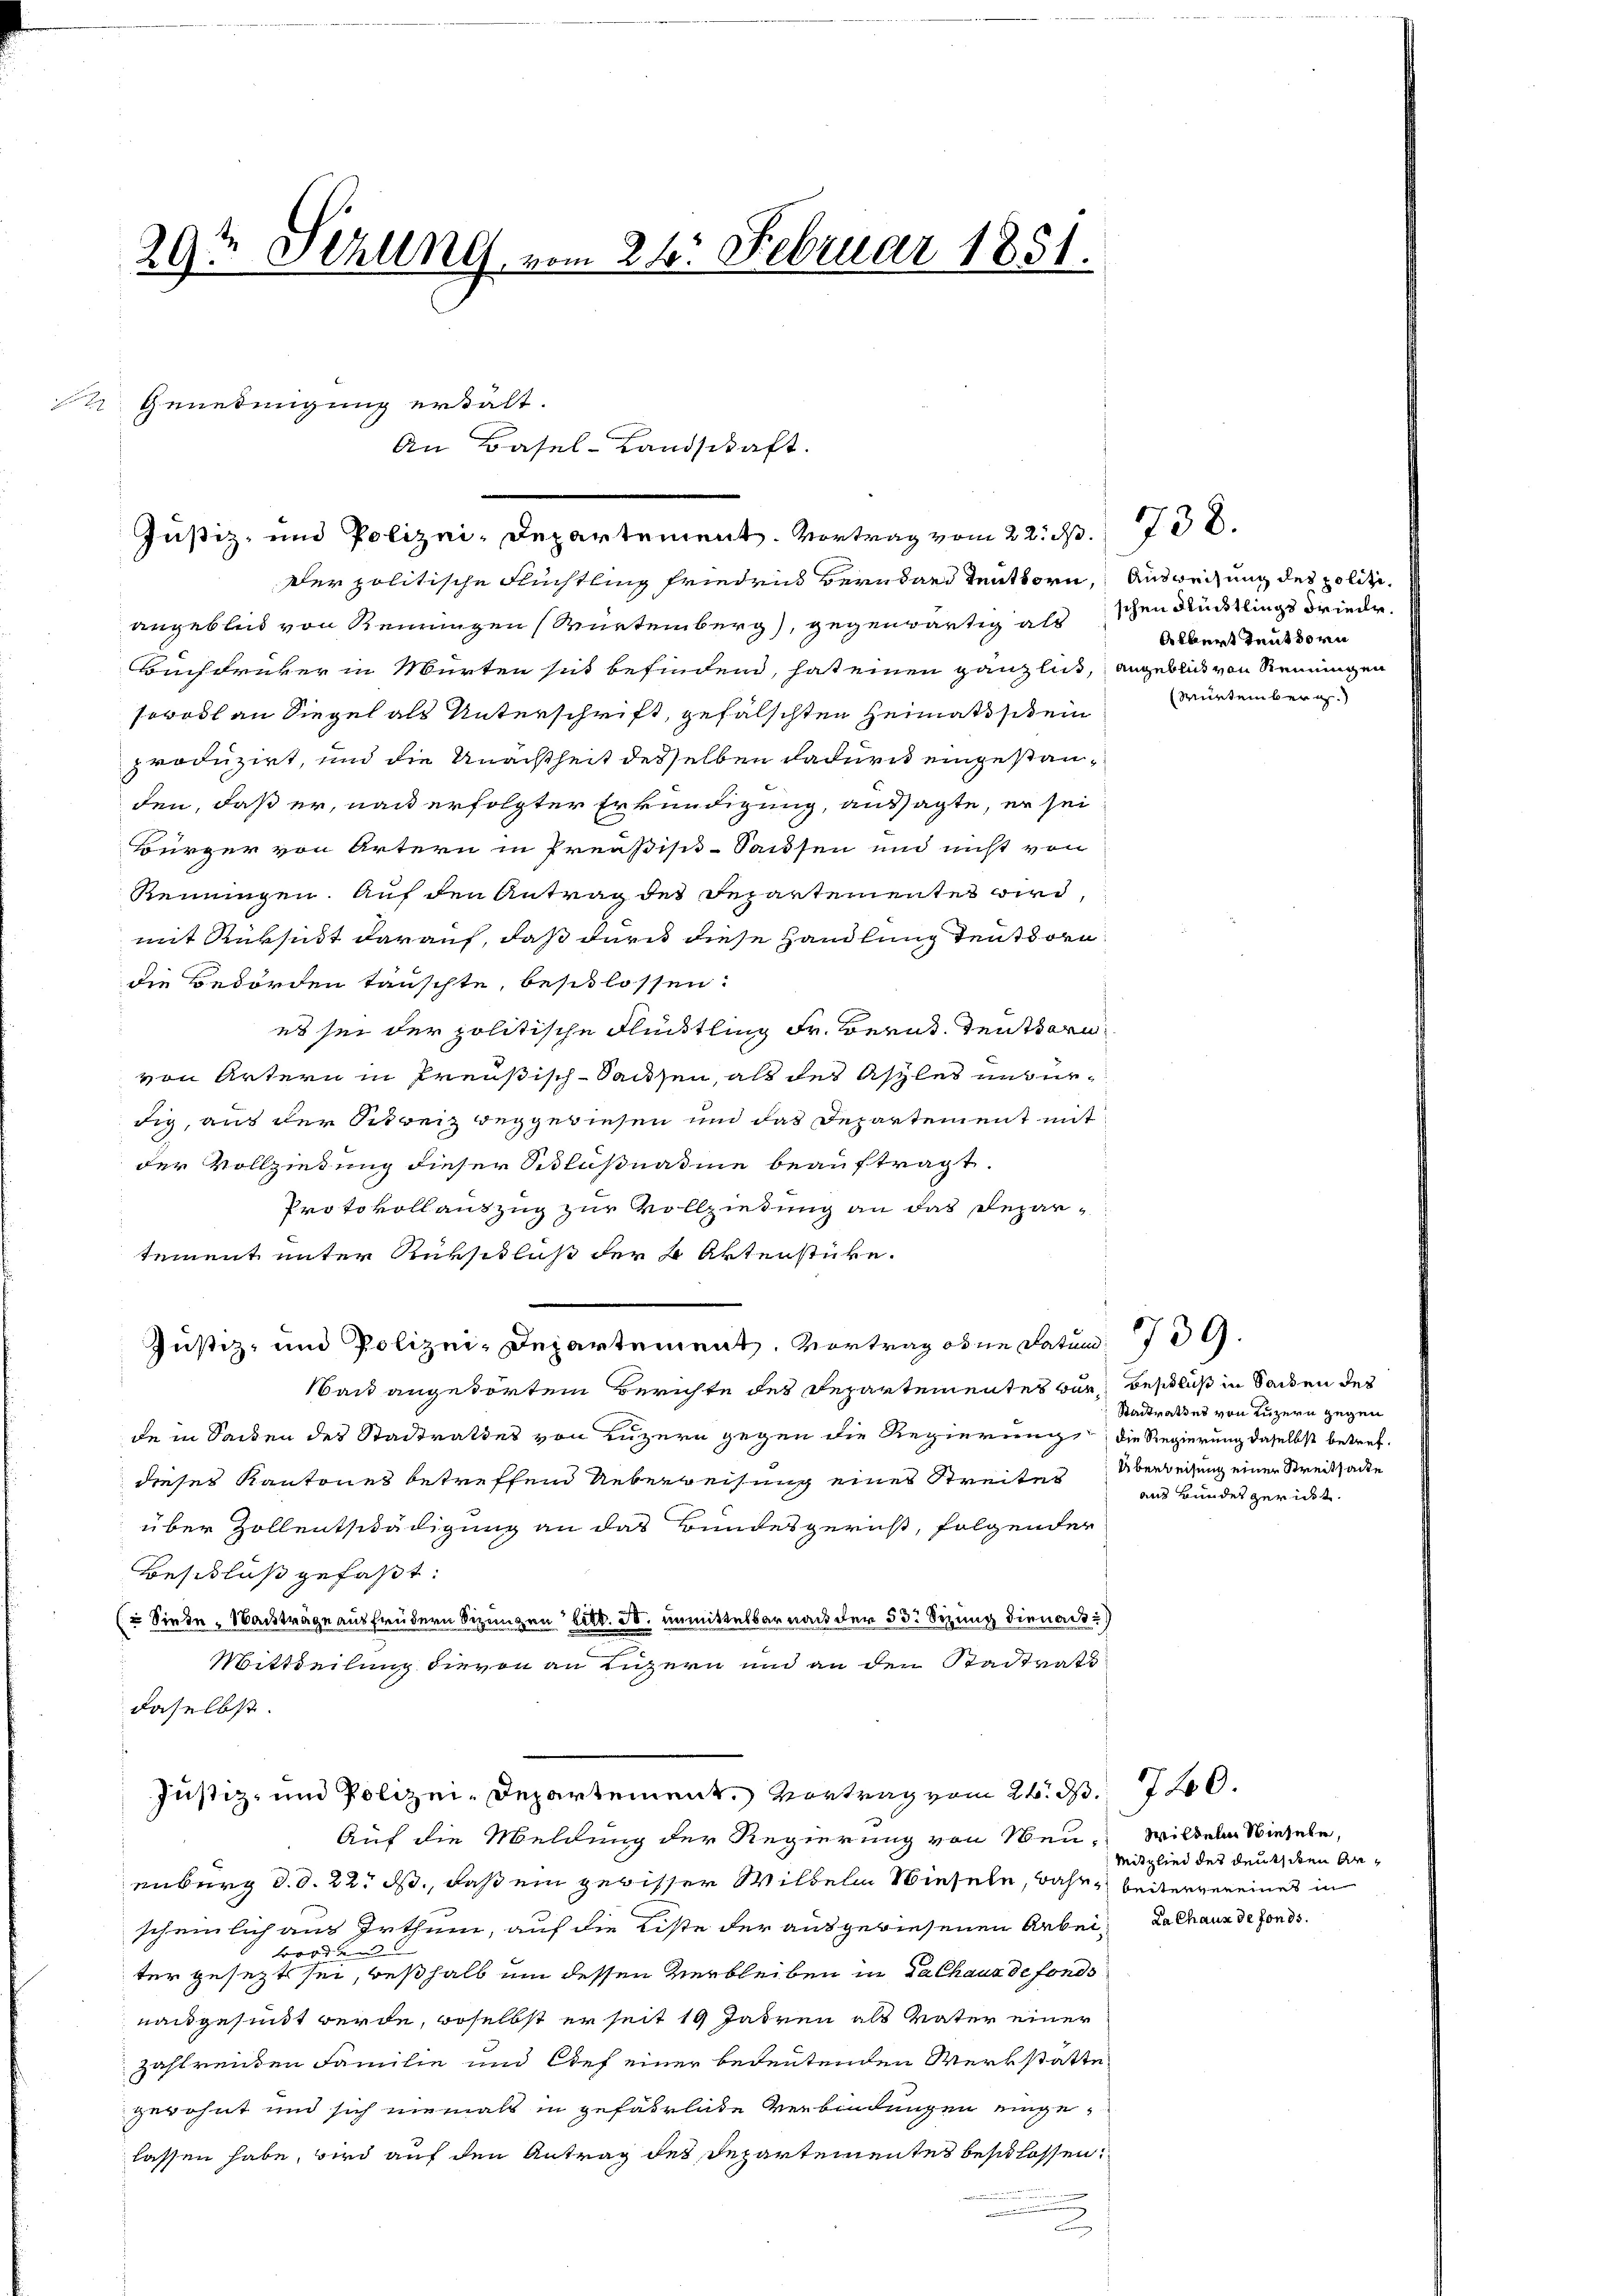
29t Sehling, vom 26. Februar 1851.

An Basel-Landschaft.
Justiz- und Polizei-Departement. Vortrag vom 22. d.

t Genedingung erhält.

Der politische Flüchtling friedens Bern dard teutborn, Ausweisung des politiangeblieb von Renringen Würtemberg), gegenwärtig als schen Rücklings Friede
Buchdruker in Murten sit befindend, hat einen gänzlich, angeblick von Rennungen
sowohl an Siegel als Unterschrift, gefälschten Heimatstein
produzirt, und die Unachtheit desselben dadurch eingestanden, daß er, nach erfolgter Erkundigung, aussagte, er sei
Bürger von Artern in Preußisi-Sausen und nicht von
Reinungen. Auf den Antrag des Departementes wird,
mit Rüksicht darauf, daß durch diese Handlung tenthorn
die Bedörden täuschte, beschlossen:
es sei der politische Flüchtling Fr. Bernt. Dentarivon Artern in Preußisch-Sachsen, als des Asyles unserdig, aus der Schweiz dergewiesen und das Departement mit
der Vollziehung dieser Schlußnahme beauftragt.
Protokollauszug zur Vollziedung an das Departement unter Rüksitluß der 4 Aktenstücke.
and angedörten Berichte des Departementes war, beschluß in Sachen des
de in Seiden des Stadtrathes von Luzern gegen die Regierung die Regierung daselbst betrefdieses Kantones betreffend Ueberweisung eines Streiter Überleihung einer Streitsacte
über Zollentschädigung an das Bundesgericht, folgender
Beschluß gefaßt:
( Siede Nachträge ausfrüdern Sizungen bitt. S. unmittelbar nach der 53. Sezung dienac
Mittheilung dievon an Luzern und an den Stadtrats
daselbst.
Justiz- und Polizei-Departement. Vortrag vom 24. d.
Auf die Meldung der Regierung von Neu-
enburg d. d. 22. ds., daß ein gewisser Wilhelm Wieseln, bahn beitervereines in
scheinlich aus Irthum, auf die Liste der ausgewiesenen Arbeiboden
ter gesezt sei, deßhalb um dessen Verbleiben in Dalhaus de fonds
nachgesundt werde, woselbst er seit 19 Jahren als Vater einer
zahlreichen Familie und lief einer bedeutenden Werkstatte
gewohnt und sich niemals in gefährliche Verbindungen eingelassen habe, wird auf den Antrag des Departementes beschlossen:
n

Justiz- und Polizei-Departement. Vortrag oder Datum 10.

738.

Albert Teut dorn
Würtemberg.

Stadtrathes von Luzern gegen
aus Bundesgericht.

740.
Wildern Wieseln,
Mitglied des deuts den Ar¬
Da Chaux de fonds.